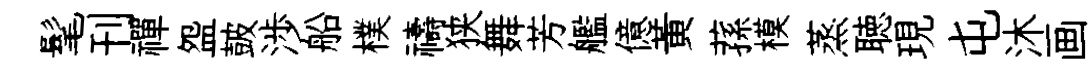
髦刊禪盌皷渉船樸禱狭舞芳艦億黃蓀模蒸聴現屯沐画